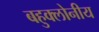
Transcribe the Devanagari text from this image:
बहुक्लोनीय